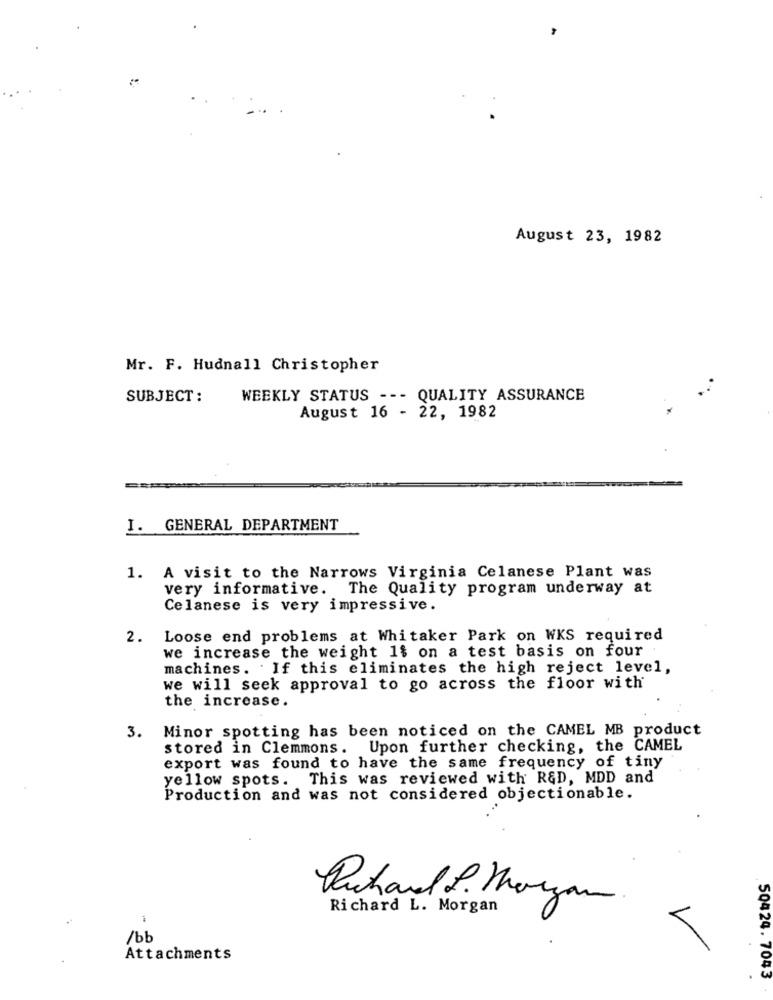
August 23, 1982
Mr. F. Hudnall Christopher
SUBJECT :
WEEKLY STATUS --- QUALITY ASSURANCE
August 16 - 22, 1982
I. GENERAL DEPARTMENT
1. A visit to the Narrows Virginia Celanese Plant was
very informative. The Quality program underway at
Celanese is very impressive.
2.
Loose end problems at Whitaker Park on WKS required
we increase the weight 1$ on a test basis on four
machines. . If this eliminates the high reject level,
we will seek approval to go across the floor with
the increase.
3. Minor spotting has been noticed on the CAMEL MB product
stored in Clemmons. Upon further checking, the CAMEL
export was found to have the same frequency of tiny
yellow spots. This was reviewed with R&D, MDD and
Production and was not considered objectionable.
Richard L. Morgan
/bb
Attachments
50424. 7043